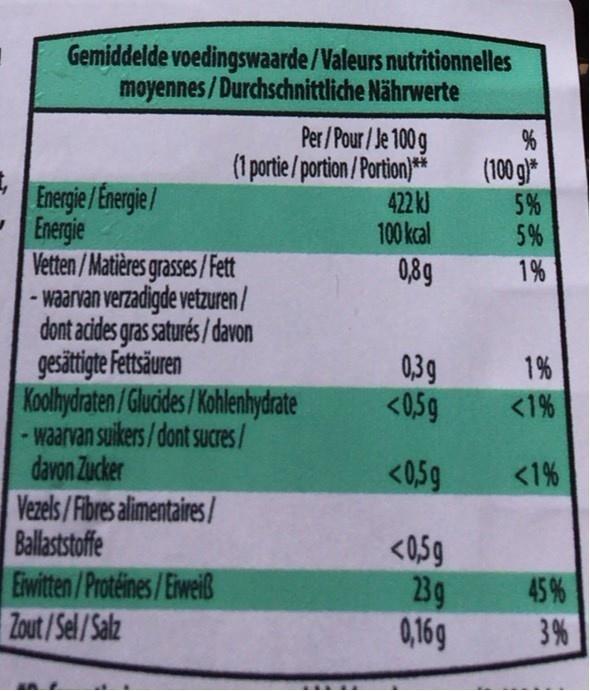
Gemiddelde voedingswaarde/Valeurs nutritionnelles moyennes /Durchschnittliche Nährwerte
Per/Pour/Je 100 g (1 portie/portion /Portion)** 422 kJ 100 kcal
(100 g)*
Energie /Energie/ -Energie Vetten/Matières grasses/Fett - waarvan verzadigde vetzuren/ dont acides gras saturés / davon gesätigte Fetstren Koolydraten/Glucides/Kohlenhydrate - waarvan suikers/dont sucres/ davon Zucker Vezels/Fibres alimentaires/ Ballaststoffe Eiwitten/Proteines/Eiweiß Zout/Sel/Salz
5% 5%
0,89
1%
0,39 <0,59
1%
<1%
<0,5g
<1%
<0,59 23g 0,169
45%
3%